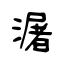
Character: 潳